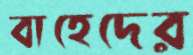
বাহেদের